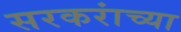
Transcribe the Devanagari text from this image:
सरकरांच्या